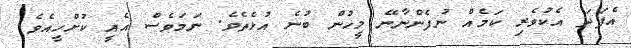
އެފަދަ އެކުވެރި ކަމެއް ނުފެންނާނޭ މީހުން ބުނެ އުޅެތެވެ. ނަމަވެސް އެއީ ކުށްހީއެވެ.